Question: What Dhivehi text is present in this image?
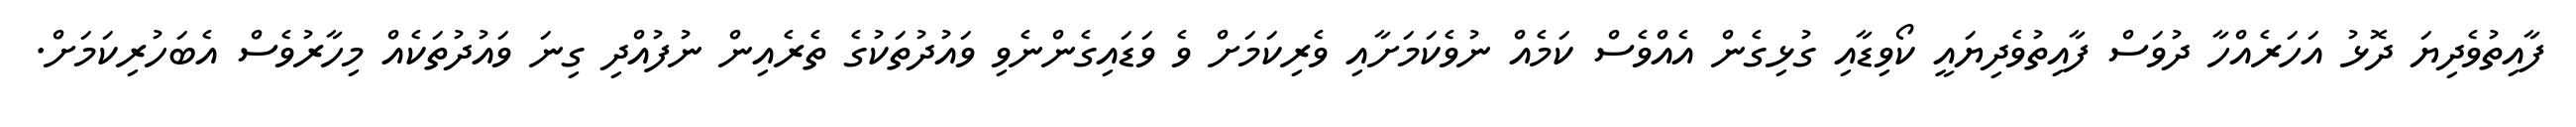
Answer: ފާއިތުވެދިޔަ ދޮޅު އަހަރެއްހާ ދުވަސް ފާއިތުވެދިޔައީ ކޯވިޑާއި ގުޅިގެން އެއްވެސް ކަމެއް ނުވެކަމަށާއި ވެރިކަމަށް ވެ ވަޑައިގެންނެވި ވައުދުތަކުގެ ތެރެއިން ނުފުއްދި ގިނަ ވައުދުތަކެއް މިހާރުވެސް އެބަހުރިކަމަށް.